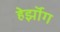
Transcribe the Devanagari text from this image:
हेर्झॉग